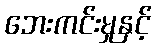
ဘေးကင်းမှုနှင့်